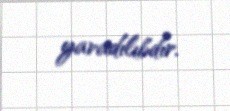
yaradılıbdır.